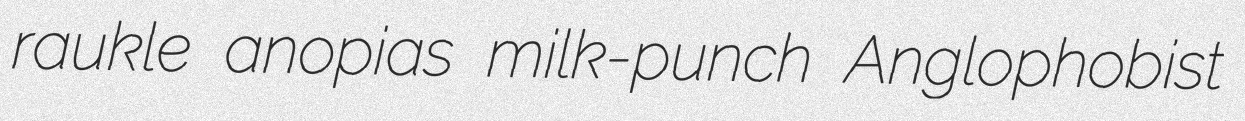
raukle anopias milk-punch Anglophobist